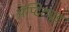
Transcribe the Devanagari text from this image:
ॲप्टिट्यूड